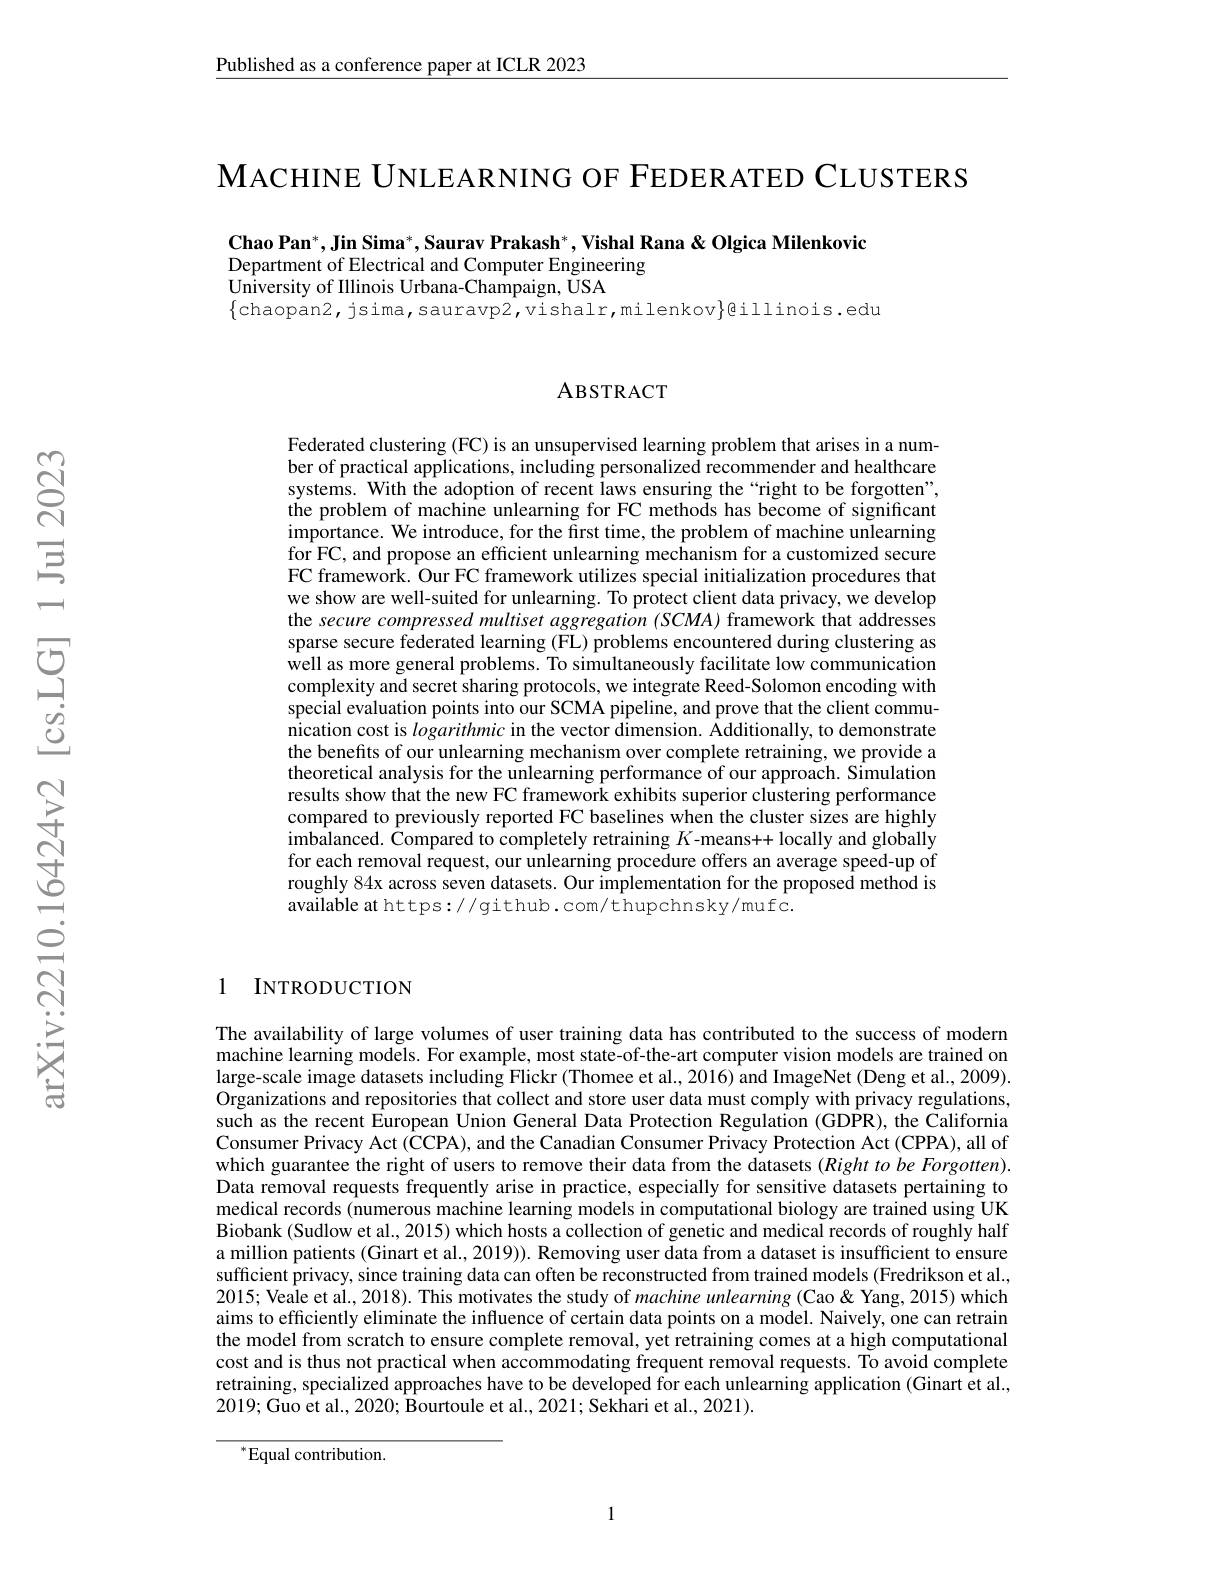
$\underline{\text{Published as a conference paper at ICLR 2023}}$

MАСНINE UNLEARNING OF FEDERATED CLUSTERS

Chao Pan$^*$,Jin Sima$^*$,Saurav Prakash$^*$,Vishal Rana & Olgica Milenkovic
Department of Electrical and Computer Engineering
University of Illinois Urbana-Champaign, USA
$\{$chaopan2, jsima, sauravp2, vishalr, milenkov$\}$@illinois. edu

# ABSTRACT

Federated clustering (FC) is an unsupervised learning problem that arises in a number of practical applications, including personalized recommender and healthcare systems. With the adoption of recent laws ensuring the“right to be forgotten”, the problem of machine unlearning for FC methods has become of significant $\hat{\text{importance. We introduce, for the first time, the problem of machine unlearning}}$ for FC, and propose an efficient unlearning mechanism for a customized secure FC framework. Our FC framework utilizes special initialization procedures that we show are well-suited for unlearning. To protect client data privacy, we develop the secure compressed multiset aggregation (SCMA) framework that addresses sparse secure federated learning (FL) problems encountered during clustering as well as more general problems. To simultaneously facilitate low communication complexity and secret sharing protocols, we integrate Reed-Solomon encoding with special evaluation points into our SCMA pipeline, and prove that the client communication cost is logarithmic in the vector dimension. Additionally, to demonstrate the benefits of our unlearning mechanism over complete retraining, we provide a theoretical analysis for the unlearning performance of our approach. Simulation results show that the new FC framework exhibits superior clustering performance compared to previously reported FC baselines when the cluster sizes are highly imbalanced. Compared to completely retraining $K$-means++ locally and globally for each removal request, our unlearning procedure offers an average speed-up of roughly 84x across seven datasets. Our implementation for the proposed method is available at https://github.com/thupchnsky/mufc.

1 INTRODUCTION

The availability of large volumes of user training data has contributed to the success of modern machine learning models. For example, most state-of-the-art computer vision models are trained on large-scale image datasets including Flickr (Thomee et al., 2016) and ImageNet (Deng et al., 2009). Organizations and repositories that collect and store user data must comply with privacy regulations, such as the recent European Union General Data Protection Regulation (GDPR), the California Consumer Privacy Act (CCPA), and the Canadian Consumer Privacy Protection Act (CPPA), all of which guarantee the right of users to remove their data from the datasets $(Right~to~be~Forgotten).$ Data removal requests frequently arise in practice, especially for sensitive datasets pertaining to medical records (numerous machine learning models in computational biology are trained using UK Biobank (Sudlow et al., 2015) which hosts a collection of genetic and medical records of roughly half a million patients (Ginart et al., 2019)). Removing user data from a dataset is insufficient to ensure sufficient privacy, since training data can often be reconstructed from trained models (Fredrikson et al., 2015; Veale et al., 2018). This motivates the study of machine unlearning (Cao&Yang, 2015) which aims to efficiently eliminate the influence of certain data points on a model. Naively, one can retrain the model from scratch to ensure complete removal, yet retraining comes at a high computational cost and is thus not practical when accommodating frequent removal requests. To avoid complete retraining, specialized approaches have to be developed for each unlearning application (Ginart et al., 2019;Guo et al., 2020; Bourtoule et al., 2021; Sekhari et al., 2021).

$^{*}$Equal contribution.

1